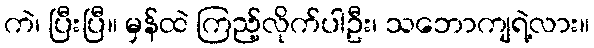
ကဲ၊ ပြီးပြီ။ မှန်ထဲ ကြည့်လိုက်ပါဦး၊ သဘောကျရဲ့လား။